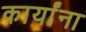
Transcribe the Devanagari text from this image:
कार्यांना